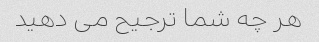
هر چه شما ترجیح می دهید